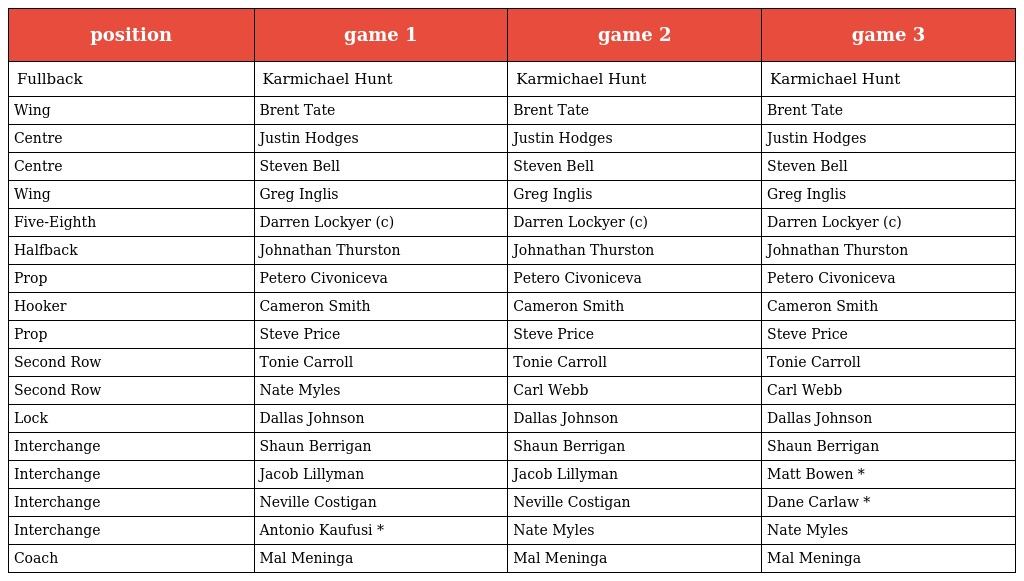
| position | game 1 | game 2 | game 3 |
 | --- | --- | --- | --- |
 | Fullback | Karmichael Hunt | Karmichael Hunt | Karmichael Hunt |
 | Wing | Brent Tate | Brent Tate | Brent Tate |
 | Centre | Justin Hodges | Justin Hodges | Justin Hodges |
 | Centre | Steven Bell | Steven Bell | Steven Bell |
 | Wing | Greg Inglis | Greg Inglis | Greg Inglis |
 | Five-Eighth | Darren Lockyer (c) | Darren Lockyer (c) | Darren Lockyer (c) |
 | Halfback | Johnathan Thurston | Johnathan Thurston | Johnathan Thurston |
 | Prop | Petero Civoniceva | Petero Civoniceva | Petero Civoniceva |
 | Hooker | Cameron Smith | Cameron Smith | Cameron Smith |
 | Prop | Steve Price | Steve Price | Steve Price |
 | Second Row | Tonie Carroll | Tonie Carroll | Tonie Carroll |
 | Second Row | Nate Myles | Carl Webb | Carl Webb |
 | Lock | Dallas Johnson | Dallas Johnson | Dallas Johnson |
 | Interchange | Shaun Berrigan | Shaun Berrigan | Shaun Berrigan |
 | Interchange | Jacob Lillyman | Jacob Lillyman | Matt Bowen * |
 | Interchange | Neville Costigan | Neville Costigan | Dane Carlaw * |
 | Interchange | Antonio Kaufusi * | Nate Myles | Nate Myles |
 | Coach | Mal Meninga | Mal Meninga | Mal Meninga |